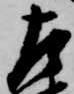
左